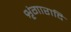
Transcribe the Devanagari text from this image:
शृंगारादि